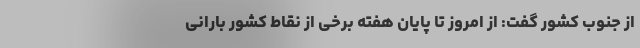
از جنوب کشور گفت: از امروز تا پایان هفته برخی از نقاط کشور بارانی